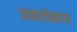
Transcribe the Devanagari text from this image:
जनलोकाय